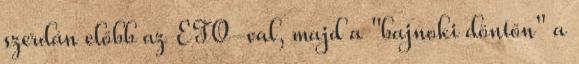
szerdán előbb az ETO-val, majd a "bajnoki döntőn" a